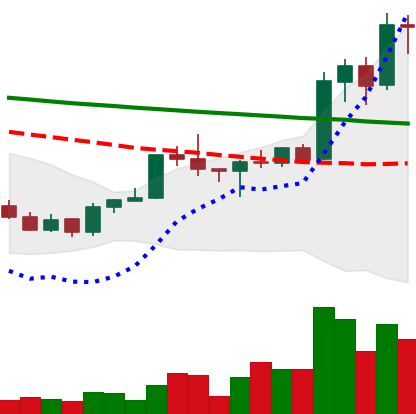
Ticker: ADA-USD
Chart end date: 2020-01-18
Forward return: -3.382%
Label: down_3_5